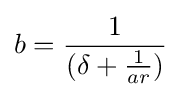
b={\frac {1}{(\delta +{\frac {1}{ar}})}}